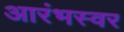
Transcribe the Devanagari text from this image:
आरंभस्वर